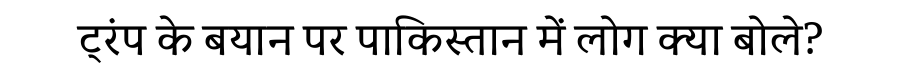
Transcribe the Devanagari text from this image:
ट्रंप के बयान पर पाकिस्तान में लोग क्या बोले?